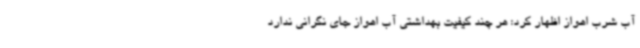
آب شرب اهواز اظهار کرد: هر چند کیفیت بهداشتی آب اهواز جای نگرانی ندارد